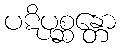
ပဋိပုစ္ဆန္တော